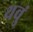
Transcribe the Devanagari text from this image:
थवुं